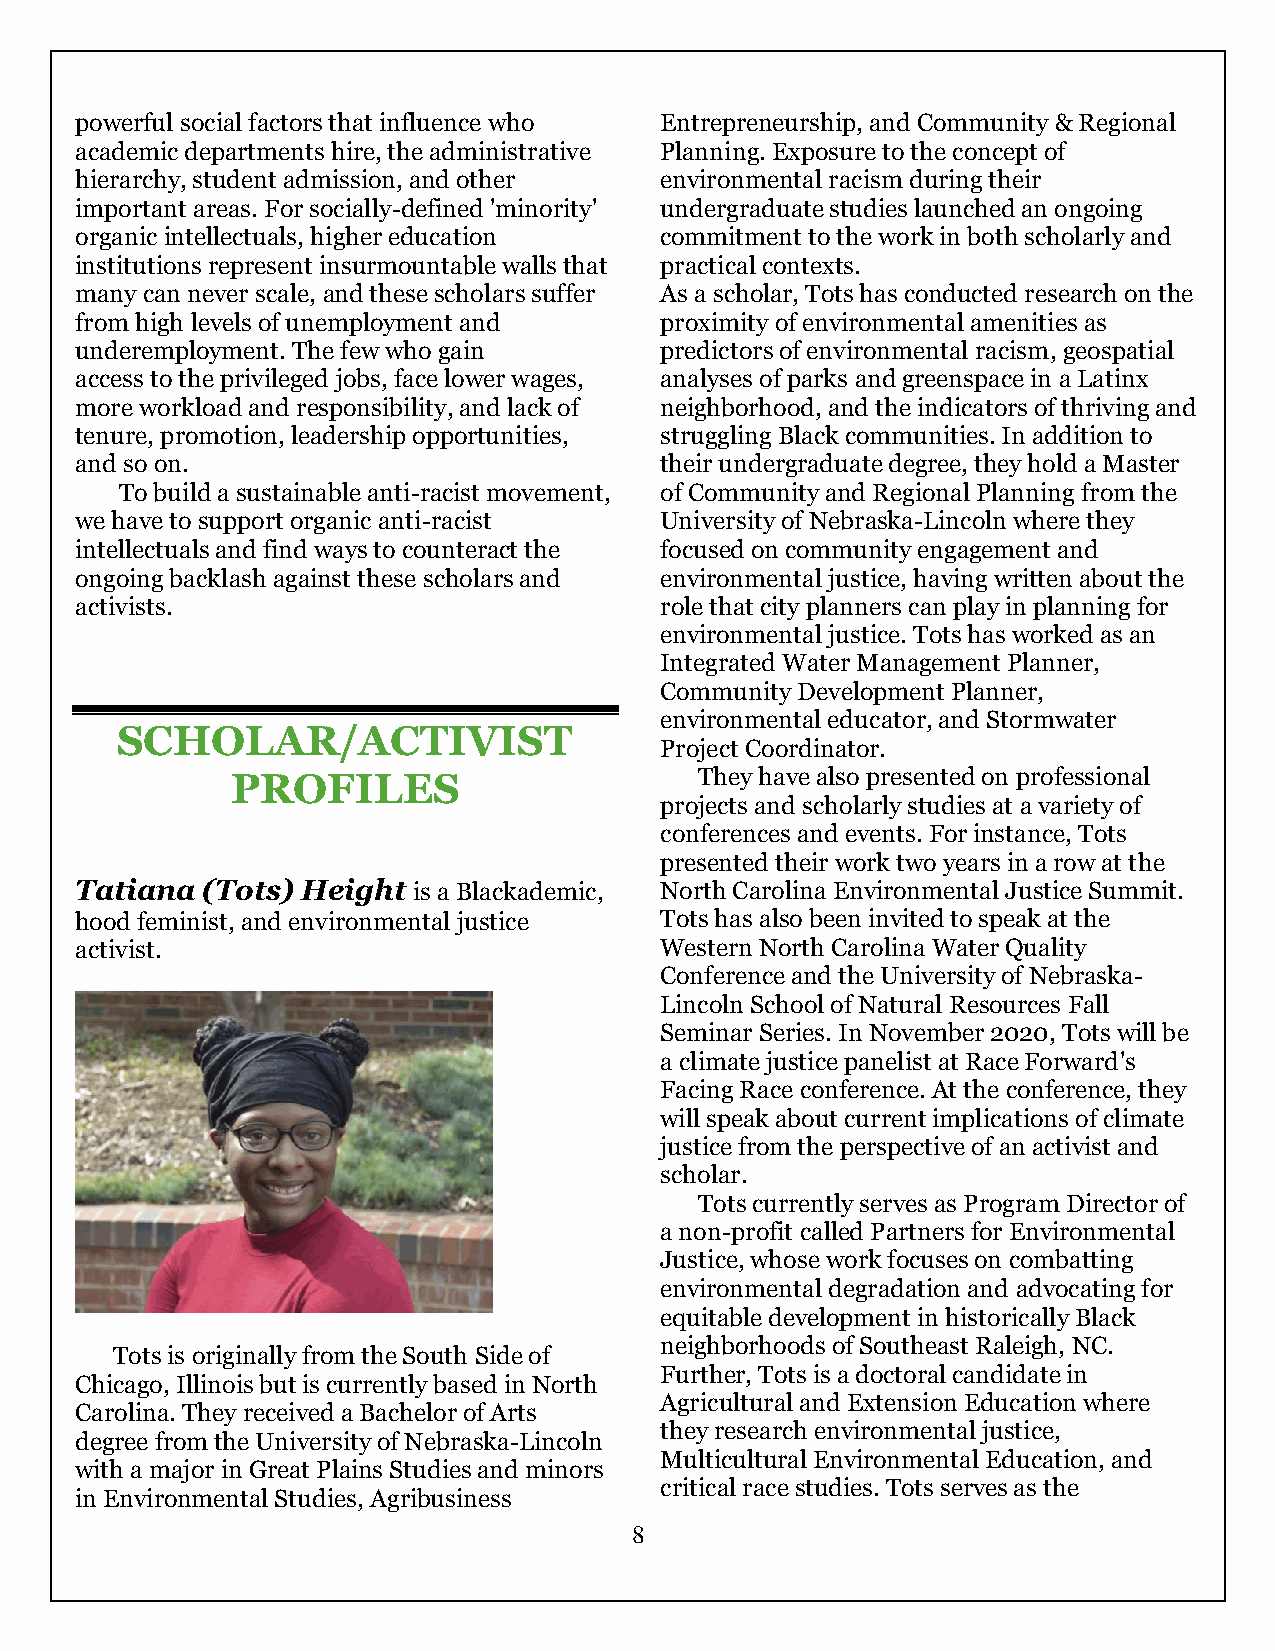
powerful social factors that influence who Entrepreneurship, and Community & Regional
 academic departments hire, the administrative Planning. Exposure to the concept of
 hierarchy, student admission, and other environmental racism during their
 important areas. For socially-defined 'minority' undergraduate studies launched an ongoing
 organic intellectuals, higher education commitment to the work in both scholarly and
 institutions represent insurmountable walls that practical contexts.
 many can never scale, and these scholars suffer As a scholar, Tots has conducted research on the
 from high levels of unemployment and   proximity of environmental amenities as
 underemployment. The few who gain      predictors of environmental racism, geospatial
 access to the privileged jobs, face lower wages, analyses of parks and greenspace in a Latinx
 more workload and responsibility, and lack of neighborhood, and the indicators of thriving and
 tenure, promotion, leadership opportunities, struggling Black communities. In addition to
 and so on.                             their undergraduate degree, they hold a Master
 To build a sustainable anti-racist movement, of Community and Regional Planning from the
 we have to support organic anti-racist University of Nebraska-Lincoln where they
 intellectuals and find ways to counteract the focused on community engagement and
 ongoing backlash against these scholars and environmental justice, having written about the
 activists.                             role that city planners can play in planning for
 environmental justice. Tots has worked as an
 Integrated Water Management Planner,
 Community Development Planner,
 environmental educator, and Stormwater
 SCHOLAR/ACTIVIST
 Project Coordinator.
 PROFILES                       They have also presented on professional
 projects and scholarly studies at a variety of
 conferences and events. For instance, Tots
 presented their work two years in a row at the
 Tatiana (Tots) Height is a Blackademic, North Carolina Environmental Justice Summit.
 hood feminist, and environmental justice Tots has also been invited to speak at the
 activist.                              Western North Carolina Water Quality
 Conference and the University of Nebraska-
 Lincoln School of Natural Resources Fall
 Seminar Series. In November 2020, Tots will be
 a climate justice panelist at Race Forward's
 Facing Race conference. At the conference, they
 will speak about current implications of climate
 justice from the perspective of an activist and
 scholar.
 Tots currently serves as Program Director of
 a non-profit called Partners for Environmental
 Justice, whose work focuses on combatting
 environmental degradation and advocating for
 equitable development in historically Black
 neighborhoods of Southeast Raleigh, NC.
 Tots is originally from the South Side of
 Further, Tots is a doctoral candidate in
 Chicago, Illinois but is currently based in North
 Agricultural and Extension Education where
 Carolina. They received a Bachelor of Arts
 they research environmental justice,
 degree from the University of Nebraska-Lincoln
 Multicultural Environmental Education, and
 with a major in Great Plains Studies and minors
 critical race studies. Tots serves as the
 in Environmental Studies, Agribusiness
 8